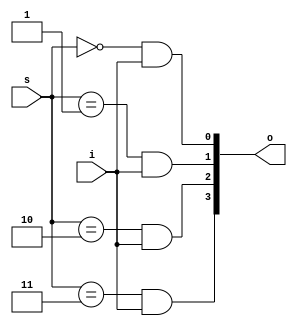
module mux14(input i,input[1:0] s, output[3:0] o);
    assign o[0] = (s==0)&&i;
    assign o[1] = (s==1)&&i;
    assign o[2] = (s==2)&&i;
    assign o[3] = (s==3)&&i;
endmodule


module dff(input d,clk,en,reset, output reg q);
    reg qq;
    always @(posedge clk) begin
        if(en==1)begin
            q = d;
        end
        if(reset == 1) begin
            q=0;
        end
        
    end
endmodule

/*
module test_bench_dff();
    wire res,en;
    wire q;
    reg clk,d;
    assign res=0; assign en = 1;

    dff instantation (.clk(clk),.d(d),.en(en),.reset(res),.q(q));

    always #5 clk = ~clk;
    always #15 d = ~d;

    initial begin
        clk<=0;
        d<=0;
        $monitor("%b %b %b",clk,d,q);
    end
endmodule
*/

/*
module test_bench_mux();
    wire i;
    reg[1:0] s;
    wire[3:0] o;
    
    mux14 instantation (.i(i),.s(s),.o(o));

    genvar l;
    assign i=1;
    for(l=0;l<4;l=l+1) initial begin
        assign s = l;
        $monitor ("%b ",o);
    end
endmodule
*/